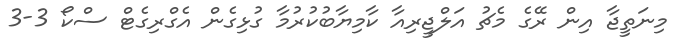
މިނަތީޖާ އިން ރޭގެ މެޗު އަލްޖީރިއާ ކާމިޔާބުކުރުމާ ގުޅިގެން އެގްރިގެޓް ސްކޯ 3-3